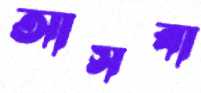
আসবা